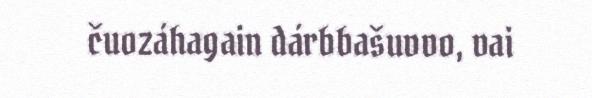
čuozáhagain dárbbašuvvo, vai